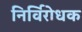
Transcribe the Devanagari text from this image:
निर्विरोधक